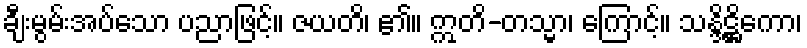
ချီးမွမ်းအပ်သော ပညာဖြင့်။ ဇယတိ၊ ၏။ ဣတိ-တသ္မာ၊ ကြောင့်။ သန္ဒိဋ္ဌိကော၊